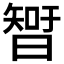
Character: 𣉻